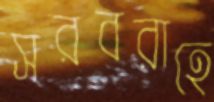
সরবরাহে